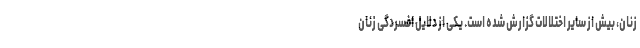
زنان، بیش از سایر اختلالات گزارش شده است. یکی از دلایل افسردگی زنان